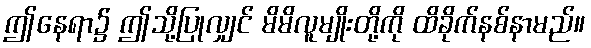
ဤနေရာ၌ ဤသို့ပြုလျှင် မိမိလူမျိုးတို့ကို ထိခိုက်နစ်နာမည်။